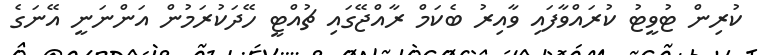
ކުރިން ޓުވީޓު ކުރައްވާފައި ވާއިރު ބެކަމް ރާއްޖޭގައި ޗުއްޓީ ހޭދަކުރަމުން އަންނަނީ އޭނަގެ